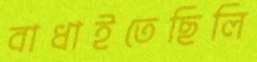
বাধাইতেছিলি